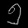
Digit: ၅